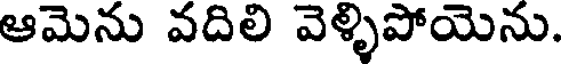
ఆమెను వదిలి వెళ్ళిపోయెను.